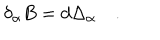
\quad \delta _ { \alpha } B = d \Delta _ { \alpha } \quad .